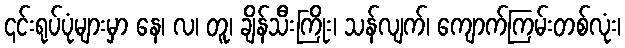
၎င်းရုပ်ပုံများမှာ နေ၊ လ၊ တူ၊ ချိန်သီးကြိုး၊ သန်လျက်၊ ကျောက်ကြမ်းတစ်လုံး၊